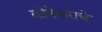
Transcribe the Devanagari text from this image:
कोनेमाराचे